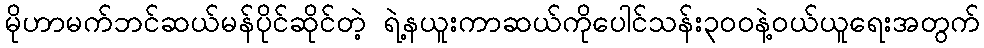
မိုဟာမက်ဘင်ဆယ်မန်ပိုင်ဆိုင်တဲ့ ရဲ့နယူးကာဆယ်ကိုပေါင်သန်း၃၀၀နဲ့ဝယ်ယူရေးအတွက်